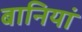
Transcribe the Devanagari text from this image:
बानियां